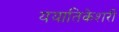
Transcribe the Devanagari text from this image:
ययातिकेशरी